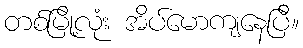
တစ်မြို့လုံး အိပ်မောကျနေပြီ။